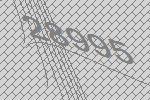
28995